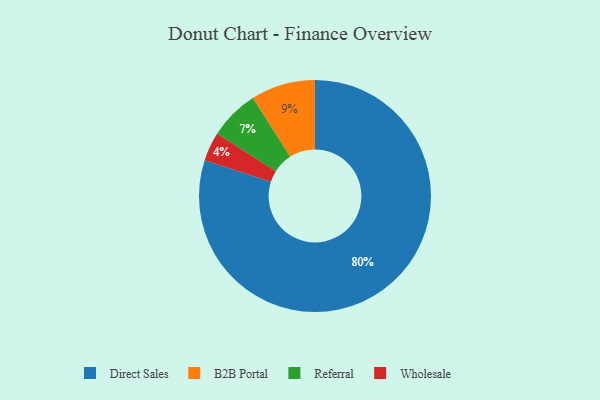
{"axis": {"x": "Category", "y": "Percentage"}, "legend": ["B2B Portal", "Direct Sales", "Referral", "Wholesale"], "data": [{"x": "Wholesale", "y": 4, "type": "Wholesale"}, {"x": "Referral", "y": 7, "type": "Referral"}, {"x": "B2B Portal", "y": 9, "type": "B2B Portal"}, {"x": "Direct Sales", "y": 80, "type": "Direct Sales"}]}